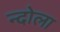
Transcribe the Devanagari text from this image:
न्दोला